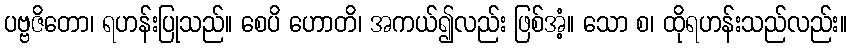
ပဗ္ဗဇိတော၊ ရဟန်းပြုသည်။ စေပိ ဟောတိ၊ အကယ်၍လည်း ဖြစ်အံ့။ သော စ၊ ထိုရဟန်းသည်လည်း။